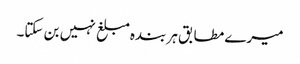
میرے مطابق ہر بندہ مبلغ نہیں بن سکتا۔